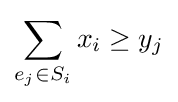
\sum _{e_{j}\in S_{i}}x_{i}\geq y_{j}